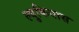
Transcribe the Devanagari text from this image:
ल्युकियास